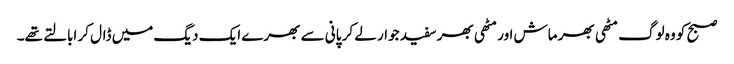
صبح کو وہ لوگ مٹھی بھر ماش اور مٹھی بھر سفید جوار لے کر پانی سے بھرے ایک دیگ میں ڈال کر ابالتے تھے۔